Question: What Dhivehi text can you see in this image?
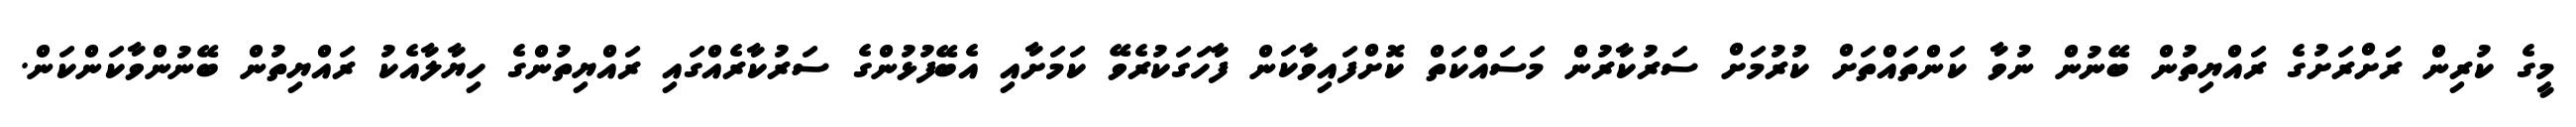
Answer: މީގެ ކުރިން ރަަށްރަށުގެ ރައްޔިތުން ބޭނުން ނުވާ ކަންތައްތަށް ކުރުމަށް ސަރުކާރުން މަސައްކަތް ކޮށްފައިވާކަން ފާހަގަކުރެވޭ ކަމަށާއި އެބޭފުޅުންގެ ސަރުކާރެއްގައި ރައްޔިތުންގެ ހިޔާލާއެކު ރައްޔިތުން ބޭނުންވާކަންކަން.